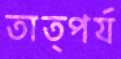
তাত্পর্য